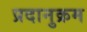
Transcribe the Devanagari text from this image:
प्रदानुक्रम